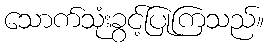
သောက်သုံးခွင့်ပြုကြသည်။